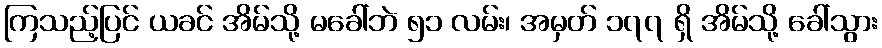
ကြသည့်ပြင် ယခင် အိမ်သို့ မခေါ်ဘဲ ၅၁ လမ်း၊ အမှတ် ၁၇၇ ရှိ အိမ်သို့ ခေါ်သွား